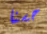
حسنا